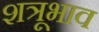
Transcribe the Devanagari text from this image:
शत्रूभाव